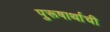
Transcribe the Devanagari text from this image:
पुरूषार्थाची